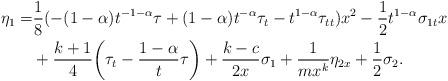
LaTeX: \begin{align*}\eta_1=&\frac 18(-(1-\alpha)t^{-1-\alpha}\tau+(1-\alpha)t^{-\alpha}\tau_t-t^{1-\alpha}\tau_{tt})x^2-\frac 12t^{1-\alpha}\sigma_{1t}x\\&+\frac{k+1}{4}\bigg(\tau_t-\frac{1-\alpha}{t}\tau\bigg)+\frac{k-c}{2x}\sigma_1+\frac{1}{mx^k}\eta_{2x}+\frac12\sigma_2.\end{align*}